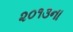
૨૦૧૩ના